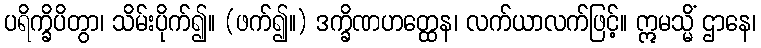
ပရိက္ခိပိတွာ၊ သိမ်းပိုက်၍။ (ဖက်၍။) ဒက္ခိဏဟတ္ထေန၊ လက်ယာလက်ဖြင့်။ ဣမသ္မိံ ဌာနေ၊